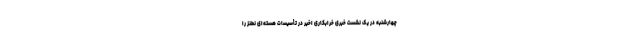
چهارشنبه در یک نشست خبری خرابکاری اخیر در تأسیسات هسته‌ای نطنز را